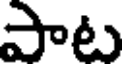
పాట